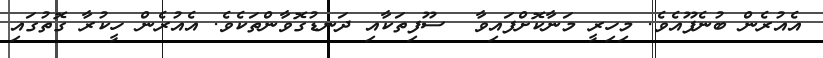
އެއުރެން ބުނެފޫއެވެ. މިހިރީ މަނާކޮށްފައިވާ  ސޫފިތަކާއި ދަނޑުގޮވާންތަކެވެ. އެއުރެން ހީކުރާ ގޮތުގައި